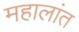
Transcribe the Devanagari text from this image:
महालांत